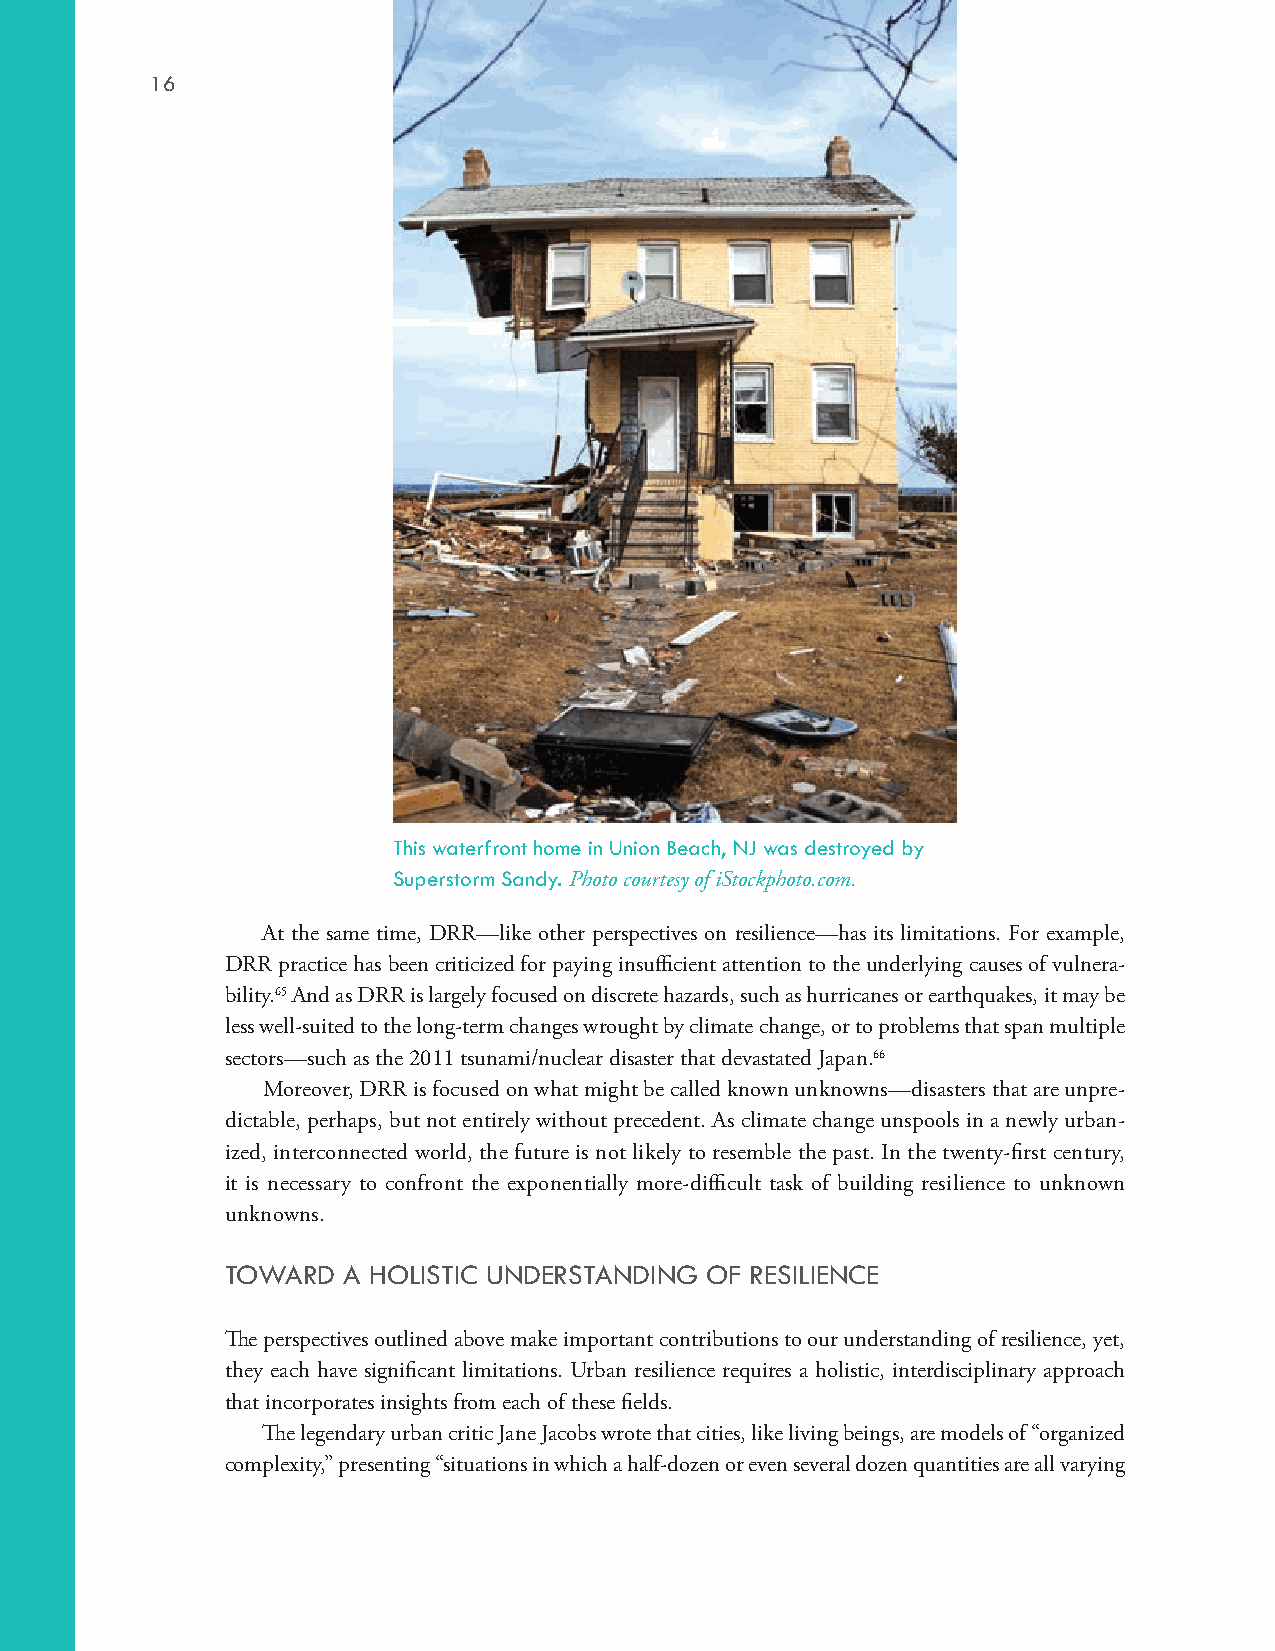
16
 This waterfront home in Union Beach, NJ was destroyed by
 Superstorm Sandy. Photo courtesy of iStockphoto.com.
 At the same time, DRR—like other perspectives on resilience—has its limitations. For example,
 DRR practice has been criticized for paying insufficient attention to the underlying causes of vulnera-
 bility.65 And as DRR is largely focused on discrete hazards, such as hurricanes or earthquakes, it may be
 less well-suited to the long-term changes wrought by climate change, or to problems that span multiple
 sectors—such as the 2011 tsunami/nuclear disaster that devastated Japan.66
 Moreover, DRR is focused on what might be called known unknowns—disasters that are unpre-
 dictable, perhaps, but not entirely without precedent. As climate change unspools in a newly urban-
 ized, interconnected world, the future is not likely to resemble the past. In the twenty-first century,
 it is necessary to confront the exponentially more-difficult task of building resilience to unknown
 unknowns.
 TOWARD  A HOLISTIC UNDERSTANDING OF RESILIENCE
 The perspectives outlined above make important contributions to our understanding of resilience, yet,
 they each have significant limitations. Urban resilience requires a holistic, interdisciplinary approach
 that incorporates insights from each of these fields.
 The legendary urban critic Jane Jacobs wrote that cities, like living beings, are models of “organized
 complexity,” presenting “situations in which a half-dozen or even several dozen quantities are all varying